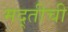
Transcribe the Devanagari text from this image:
मद्तीची